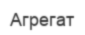
Агрегат